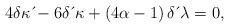
LaTeX: \begin{align*}4\delta \kappa \,\acute{}-6\delta \,\acute{}\, \kappa+\left( 4\alpha-1\right) \delta \,\acute{}\, \lambda=0, \end{align*}